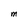
Character: M